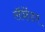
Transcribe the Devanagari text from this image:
लॅव्हेंडर